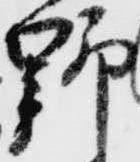
野